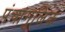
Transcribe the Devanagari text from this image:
पंचांगुलिक